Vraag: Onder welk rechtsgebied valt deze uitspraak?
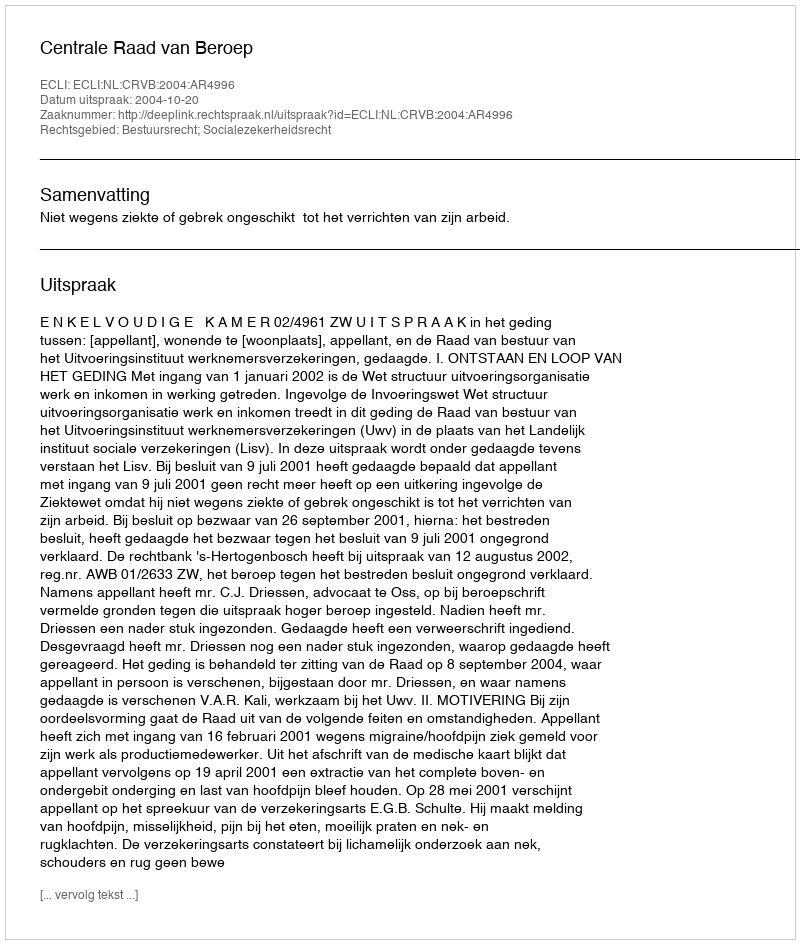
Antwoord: Bestuursrecht; Socialezekerheidsrecht